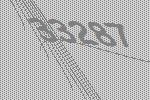
33287